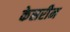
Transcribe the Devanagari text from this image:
केसरीन